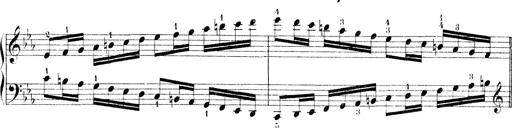
Title: Technische Studien
Composer: Franz Liszt